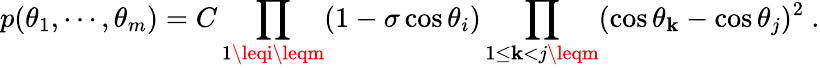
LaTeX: p(\theta_{1},\cdots,\theta_{m})=C\prod_{1\leqi\leqm}(1-\sigma\cos\theta_{i})\prod_{1\leq\mathbf{k}<j\leqm}(\cos\theta_{\mathbf{k}}-\cos\theta_{j})^{2}~.